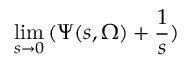
\operatorname * { l i m } _ { s \rightarrow 0 } \, ( \Psi ( s , \Omega ) + \frac { 1 } { s } )